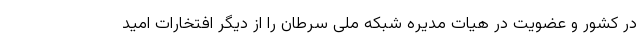
در کشور و عضویت در هیات مدیره شبکه ملی سرطان را از دیگر افتخارات امید